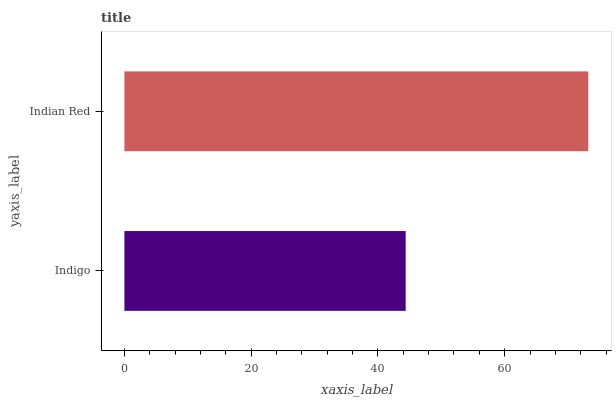
| yaxis_label | bars |
 | --- | --- |
 | Indigo | 44.4 |
 | Indian Red | 73.2 |